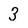
Character: 3